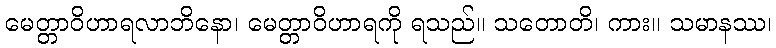
မေတ္တာဝိဟာရလာဘိနော၊ မေတ္တာဝိဟာရကို ရသည်။ သတောတိ၊ ကား။ သမာနဿ၊